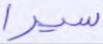
سيرا